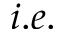
i . e .